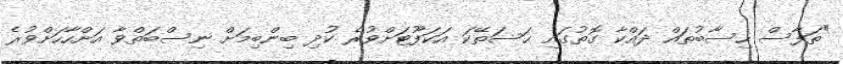
"ތަފާސް ހިސާބުތައް ދައްކާ ގޮތުގައި ހަސަތޭކަ އަކަފޫޓަށްވުރެ ކުދި ބިންބިމަށް ނިސްބަތްވާ އަށްހާހަށްވުރެ